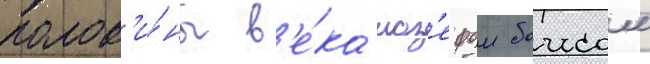
полов'и́ны в'е́ка иоз'ефом боисом